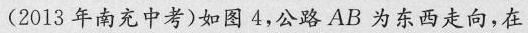
(2013年南充中考)如图4，公路AB为东西走向，在